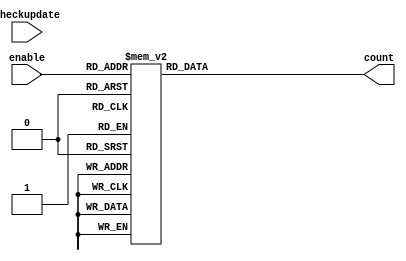
module currentCount(checkupdate,enable,count);
	input [3:0] enable;
	input checkupdate;
	output reg [2:0] count;
	reg r0, r1, r2, r3;
	
	always @(enable or checkupdate)
	begin 
		
		case(enable)
			4'b0000: count <= 3'b000;
			4'b0001: count <= 3'b001;
			4'b0010: count <= 3'b010;
			4'b0011: count <= 3'b010;
			4'b0100: count <= 3'b011;
			4'b0101: count <= 3'b011;
			4'b0110: count <= 3'b011;
			4'b0111: count <= 3'b011;
			4'b1000: count <= 3'b100;
			4'b1001: count <= 3'b100;
			4'b1010: count <= 3'b100;
			4'b1011: count <= 3'b100;
			4'b1100: count <= 3'b100;
			4'b1101: count <= 3'b100;
			4'b1110: count <= 3'b100;
			4'b1111: count <= 3'b100;
		endcase
	end
	
endmodule